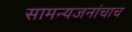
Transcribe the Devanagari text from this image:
सामन्यजनांचाच